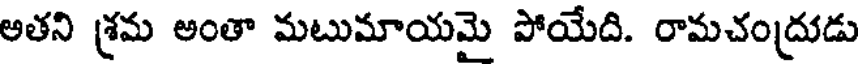
అతని శ్రమ అంతా మటుమాయమై పోయేది. రామచంద్రుడు